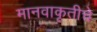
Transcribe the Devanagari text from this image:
मानवाकृतीचे